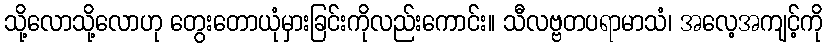
သို့လောသို့လောဟု တွေးတောယုံမှားခြင်းကိုလည်းကောင်း။ သီလဗ္ဗတပရာမာသံ၊ အလေ့အကျင့်ကို